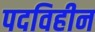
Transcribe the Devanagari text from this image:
पदविहीन